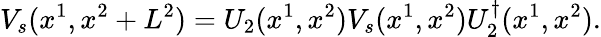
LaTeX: V_{s}(x^{1},x^{2}+L^{2})=U_{2}(x^{1},x^{2})V_{s}(x^{1},x^{2})U_{2}^{\dagger}(x^{1},x^{2}).